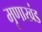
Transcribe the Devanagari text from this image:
मृणाखंड